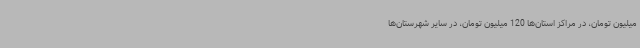
میلیون تومان، در مراکز استان‌ها 120 میلیون تومان، در سایر شهرستان‌ها